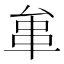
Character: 𠫺